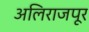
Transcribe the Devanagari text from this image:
अलिराजपूर